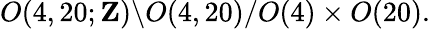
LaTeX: O(4,20;{\mathbf Z})\backslash O(4,20)/O(4)\times O(20).